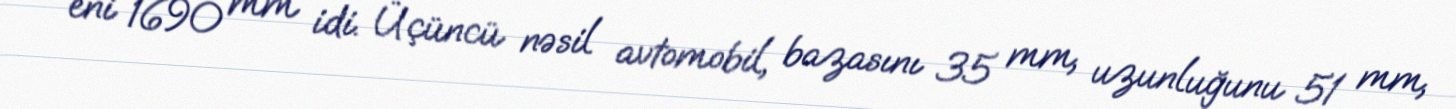
və eni 1690 mm idi. Üçüncü nəsil avtomobil, bazasını 35 mm, uzunluğunu 51 mm,